Insane asylums in Bengal annual reports 1867-1875 - 1867-1875
Year: 1867
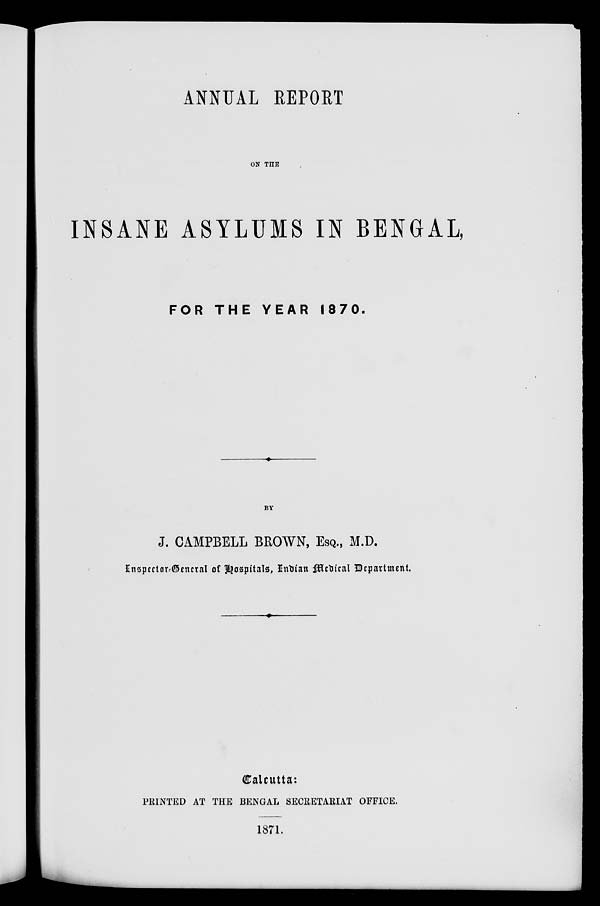
ANNUAL REPORT
ON THE
INSANE ASYLUMS IN BENGAL,
FOR THE YEAR 1870.
BY
J. CAMPBELL BROWN, ESQ., M.D.
Inspector-General of Hospital, Indian Medical Department.
Calcutta:
PRINTED AT THE BENGAL SECRETARIAT OFFICE.
1871.